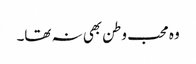
وہ محب وطن بھی نہ تھا۔